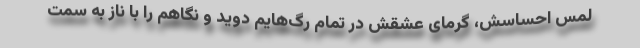
لمس احساسش، گرمای عشقش در تمام رگ‌هایم دوید و نگاهم را با ناز به سمت